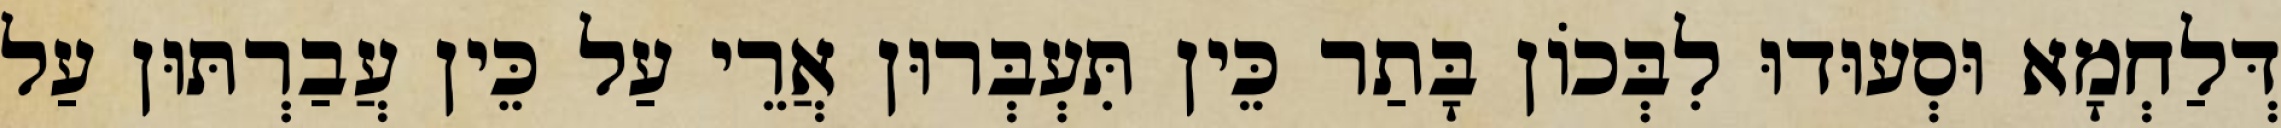
דְּלַחְמָא וּסְעוּדוּ לִבְּכוֹן בָּתַר כֵּין תִּעְבְּרוּן אֲרֵי עַל כֵּין עֲבַרְתּוּן עַל